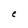
Character: C